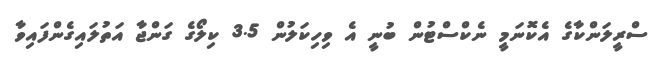
ސްރީލަންކާގެ އެކޮނަމީ ނެކްސްޓުން ބުނީ އެ ވިހިކަލުން 3.5 ކިލޯގެ ގަންޖާ އަތުލައިގެންފައިވާ